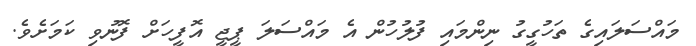
މައްސަލައިގެ ތަހުގީގު ނިންމައި ފުލުހުން އެ މައްސަލަ ޕީޖީ އޮފީހަށް ފޮނުވި ކަމަށެވެ.